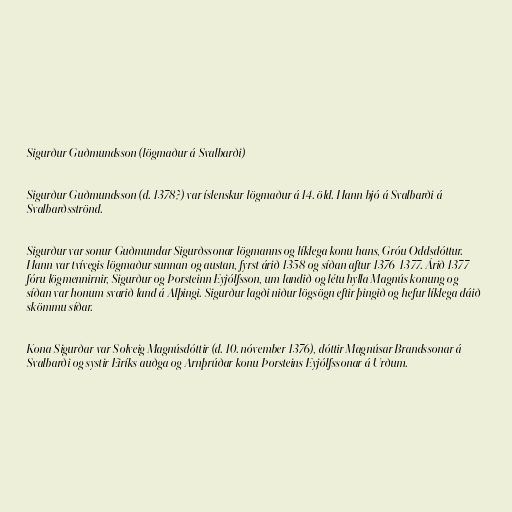
Sigurður Guðmundsson (lögmaður á Svalbarði)

Sigurður Guðmundsson (d. 1378?) var íslenskur lögmaður á 14. öld. Hann bjó á Svalbarði á
Svalbarðsströnd.

Sigurður var sonur Guðmundar Sigurðssonar lögmanns og líklega konu hans, Gróu Oddsdóttur.
Hann var tvívegis lögmaður sunnan og austan, fyrst árið 1358 og síðan aftur 1376-1377. Árið 1377
fóru lögmennirnir, Sigurður og Þorsteinn Eyjólfsson, um landið og létu hylla Magnús konung og
síðan var honum svarið land á Alþingi. Sigurður lagði niður lögsögn eftir þingið og hefur líklega dáið
skömmu síðar.

Kona Sigurðar var Solveig Magnúsdóttir (d. 10. nóvember 1376), dóttir Magnúsar Brandssonar á
Svalbarði og systir Eiríks auðga og Arnþrúðar konu Þorsteins Eyjólfssonar á Urðum.